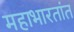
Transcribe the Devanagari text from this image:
महाभारतांत